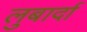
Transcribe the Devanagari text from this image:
लुबार्दा